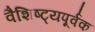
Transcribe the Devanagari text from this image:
वैशिष्ट्यपूर्वक